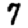
Digit: 7